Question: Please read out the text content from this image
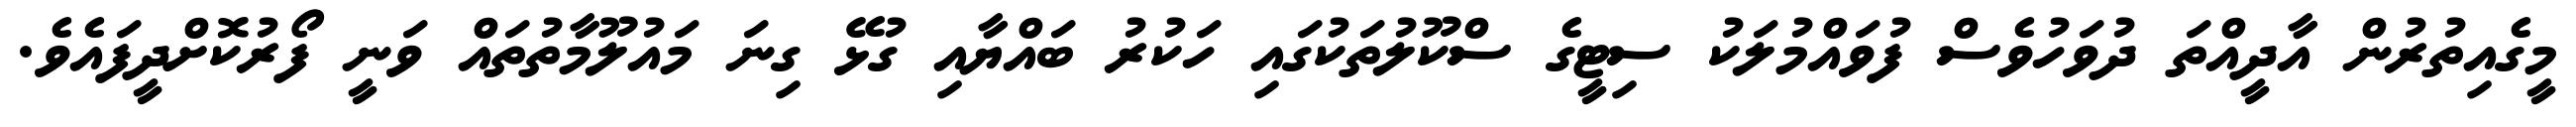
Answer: މީގެއިތުރުން އާދީއްތަ ދުވަހުވެސް ފުވައްމުލަކު ސިޓީގެ ސްކޫލުތަކުގައި ހަކުރު ބައްޔާއި ގުޅޭ ގިނަ މައުލޫމާތުތައް ވަނީ ފޯރުކޮށްދީފައެވެ.